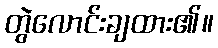
တွဲလောင်းချထား၏။